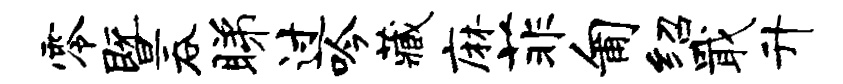
零暨吞睇过吟藏麻菲匍绍戢升